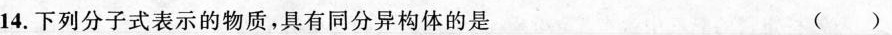
14.下列分子式表示的物质，具有同分异构体的是 ()